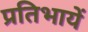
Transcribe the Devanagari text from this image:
प्रतिभायें